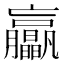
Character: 𦣖